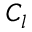
C _ { l }